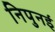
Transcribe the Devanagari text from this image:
निपुनई